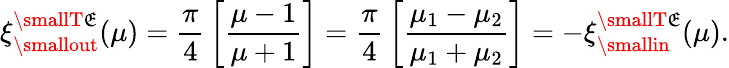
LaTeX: \xi_{\smallout}^{\smallT\mathfrak{E}}(\mu)={\frac{{\pi}}{{4}}}\left[{\frac{{\mu-1}}{{\mu+1}}}\right]={\frac{{\pi}}{{4}}}\left[{\frac{{\mu_{1}-\mu_{2}}}{{\mu_{1}+\mu_{2}}}}\right]=-\xi_{\smallin}^{\smallT\mathfrak{E}}(\mu).